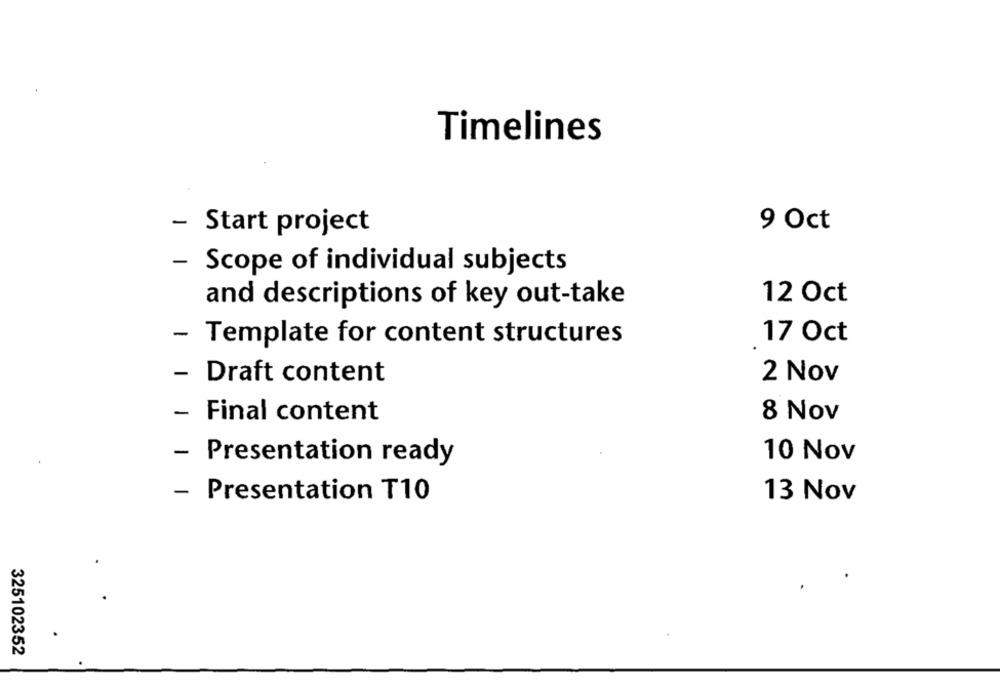
Timelines
9 Oct
- Start project
- Scope of individual subjects
12 Oct
and descriptions of key out-take
- Template for content structures
17 Oct
2 Nov
- Draft content
- Final content
8 Nov
- Presentation ready
10 Nov
13 Nov
- Presentation T10
325102352